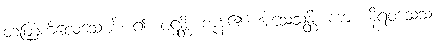
တတြကိလေသေဟိ၊ ၍။ ပဋ္ဌန္တိ၊ ကုန်၏။ အသေသန္တိ၊ ကား။ နိရဝသေသ၊